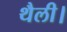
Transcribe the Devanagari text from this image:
थैली।